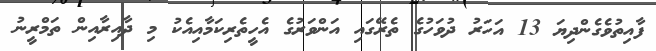
ފާއިތުވެގެންދިޔަ 13 އަހަރު ދުވަހުގެ ތެރޭގައި އަންވަރުގެ އެހީތެރިކަމާއިއެކު މި ދާއިރާއިން ތަމްރީނު